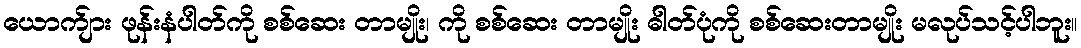
ယောက်ျား ဖုန်းနံပါတ်ကို စစ်ဆေး တာမျိုး၊ ကို စစ်ဆေး တာမျိုး ဓါတ်ပုံကို စစ်ဆေးတာမျိုး မလုပ်သင့်ပါဘူး။